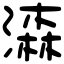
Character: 潹